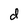
Character: d